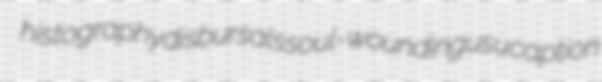
histography disbursals soul-wounding usucaption